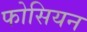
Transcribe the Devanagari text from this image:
फोसियन